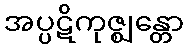
အပ္ပဋိကုဇ္ဈန္တော